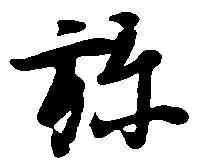
弥